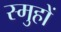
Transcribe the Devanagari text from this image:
स्मुहों